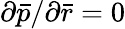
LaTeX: {{\partial}\bar{p}}/{{\partial}\bar{r}}=0